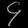
Digit: ၄